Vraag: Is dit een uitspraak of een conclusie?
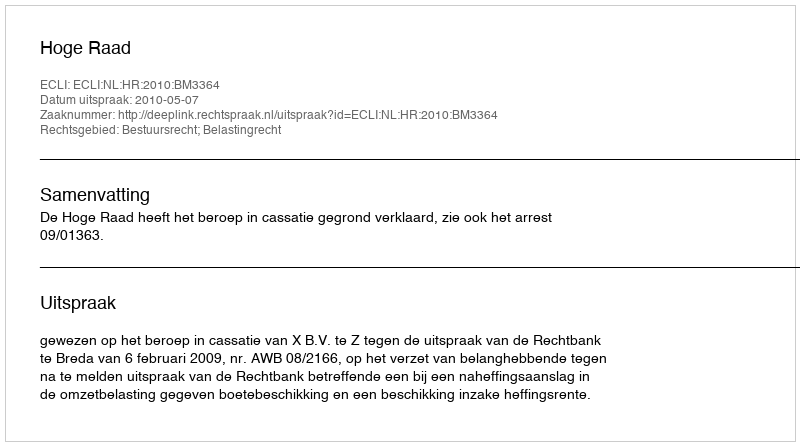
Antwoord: Uitspraak